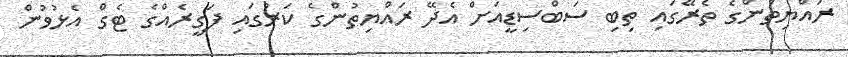
ރައްޔިތުންގެ ތެރޭގައި ތިބި ސަބްސިޑީއަށް އެދޭ ރައްޔިތުންގެ ކަރުގައި ފަގީރެއްގެ ޓެގް އެޅުވުން